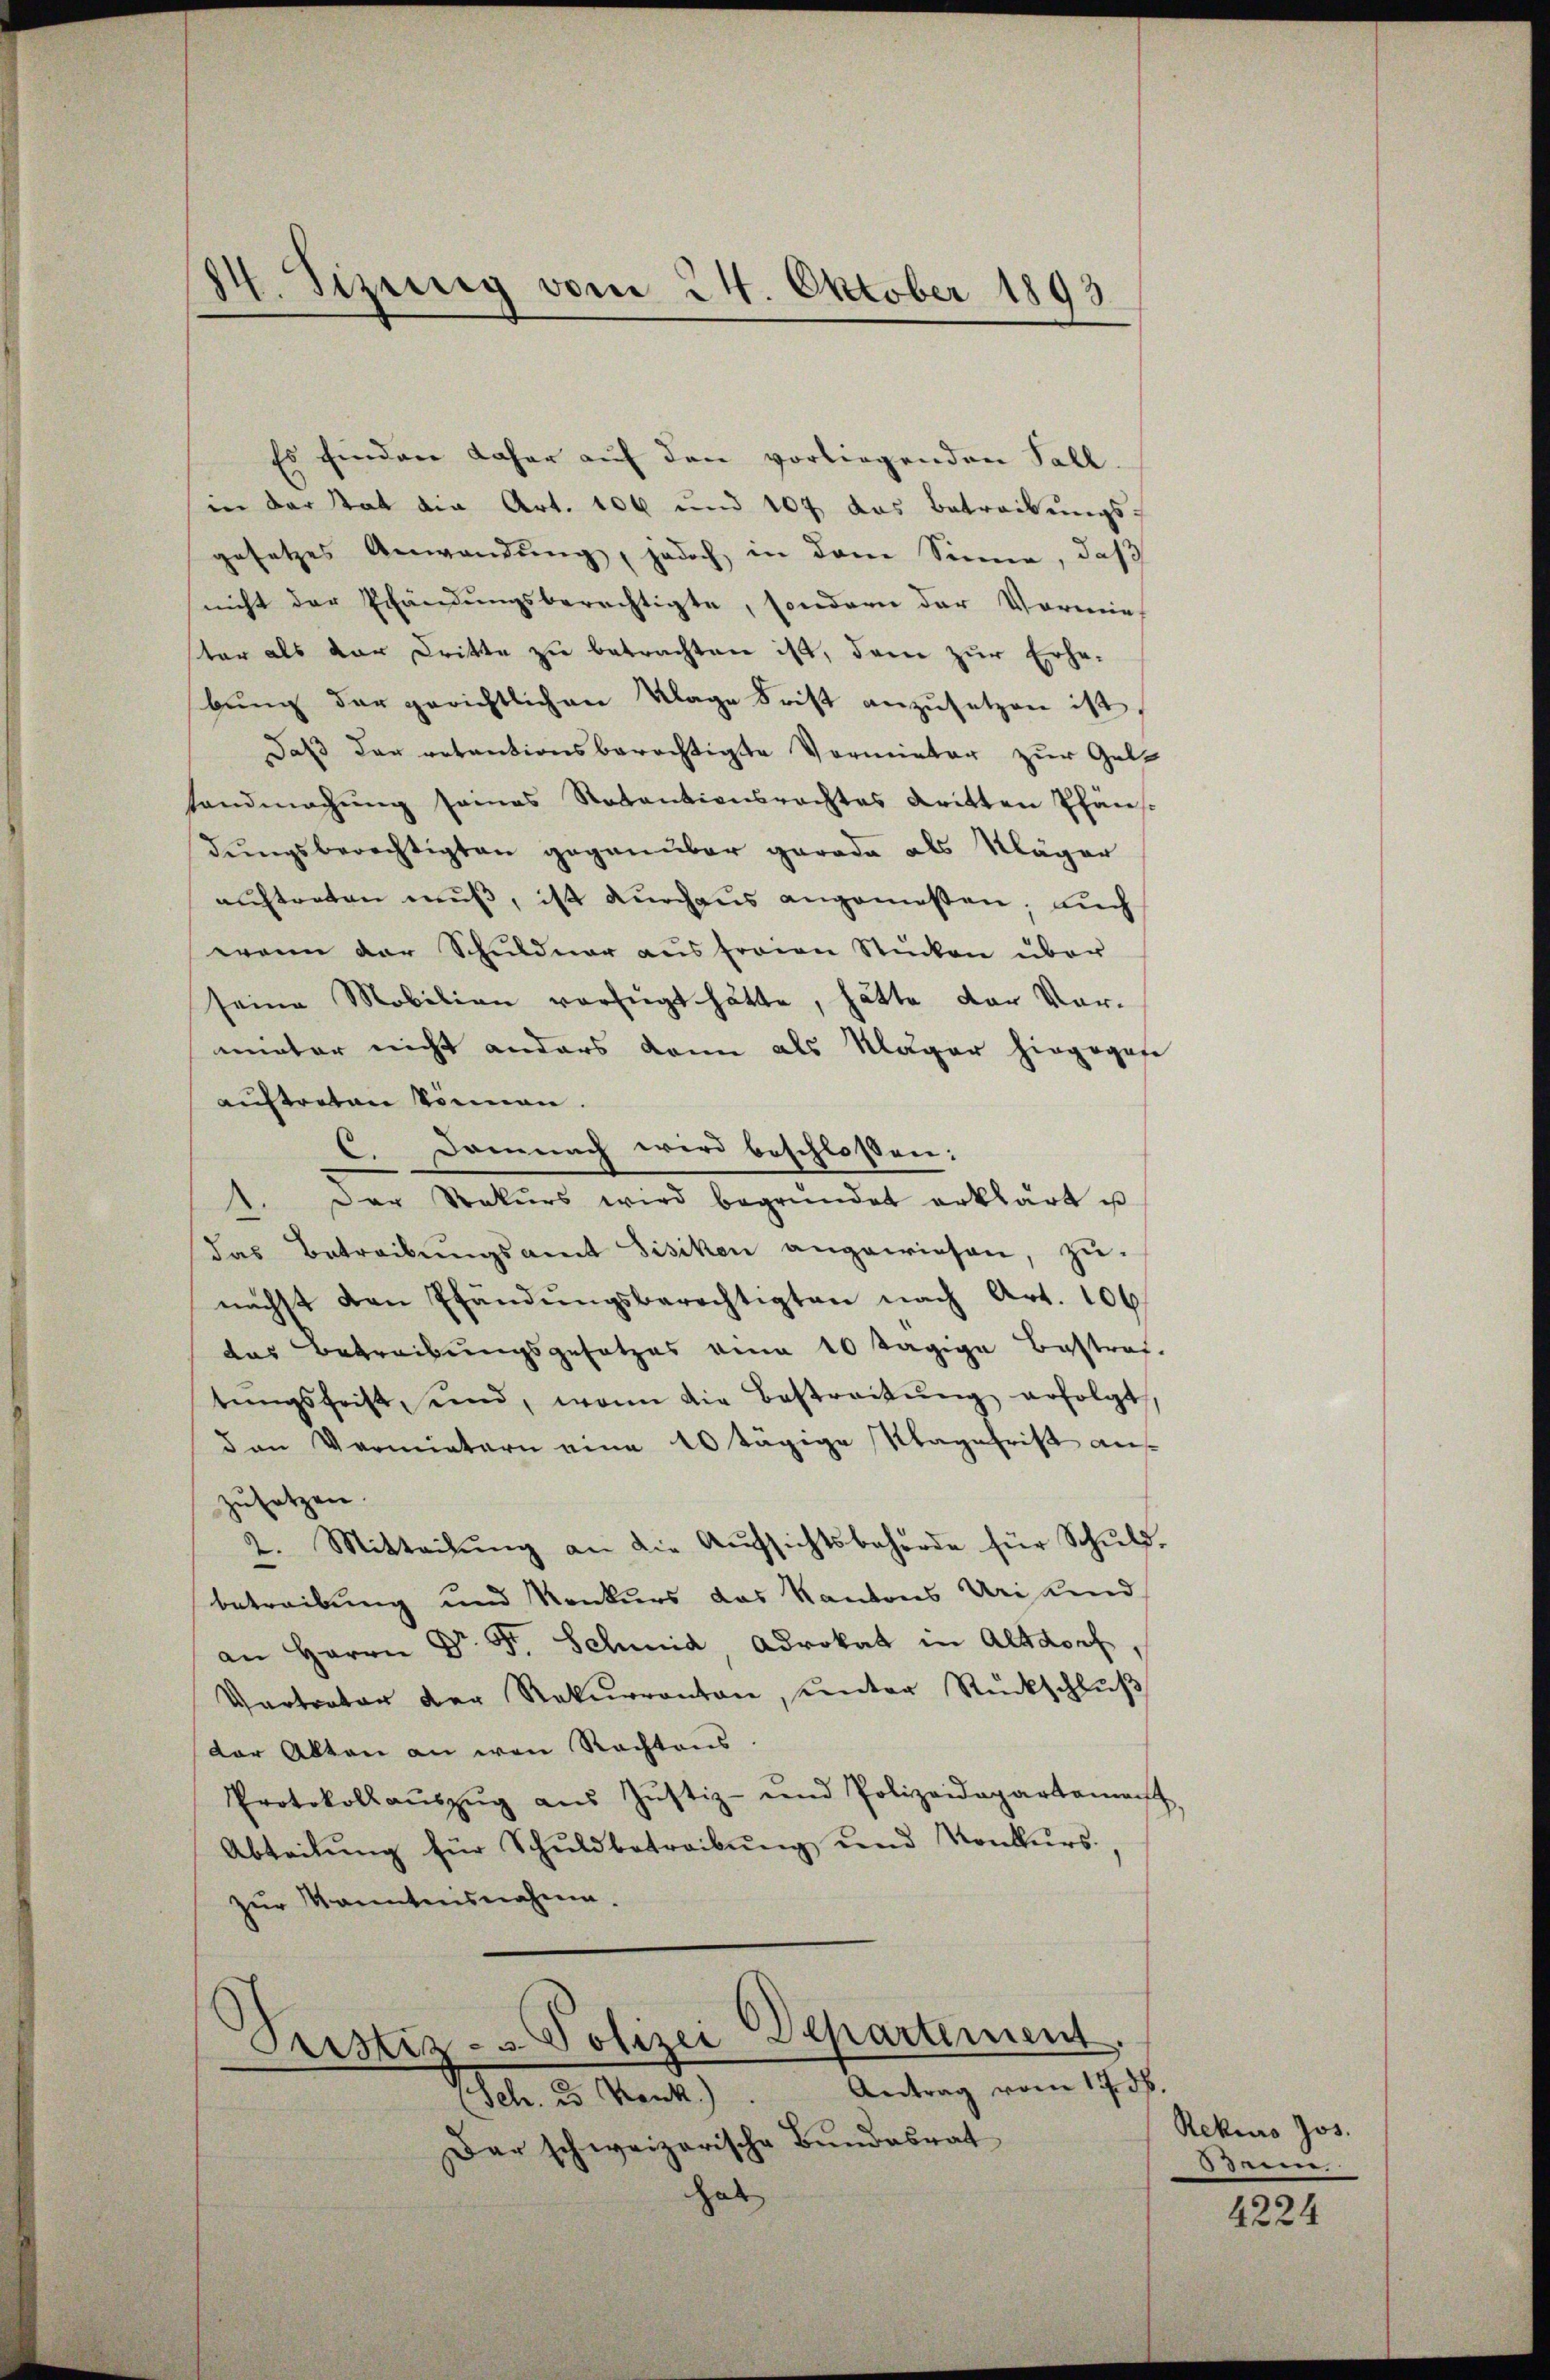
14 Sizung vom 24. Oktober 1893
0

Es finden daher auf den vorliegenden Fall.
in der tat die Art. 106 und 107 das Betreibungsgesetzes Anwendung, jedoch, in dem Sinne, daß
nicht der Schändungsberechtigte, sondern der Vormie
ster als dar Dritte zu betrachten ist, dem zur Erhe-
bung der gerichtlichen Klage Frist anzusetzen ist,
Daß der retentionsberechtigte Vormieter zur Gel-
Landmachŭng seines Notantionsrachtes dritten Pfäns-
dŭngsberechtigten gegenüber gerade als Kläger
auftreten muß, ist durchaus angemessen; auch
waren der Schuldner aus fraien Stücken über
seine Mobilian verfügt hätte, hätte der Vormieter nicht anders kann als Kläger hingegese
auftreten können.
C. Demnach wird beschlossen:
Der Rekŭrs wird begründet erklärt us
das Betreibŭngsamt Bisiken angewiesen, zu
nächst den Pfändungsberechtigten nach Art. 106
das Betreibungsgesetzes eine 10 tägige Bestraf.
tŭngsfrist und, wenn die Bestreitŭng erfolgt,
den Vermietern eine 10 tägige Klagefrist anzusetzen.
2. Mitteilŭng an die Aŭssichtsbehörde für Schŭld.
betreibung und Konkurs das Kantons Uri kind
an Herrn Dr. St. Schmid Advokat in Altdorf
Vertrator der Rekŭrranton, ŭnter Rückschlŭβ
der Alten an wen Rechtens
Protokoll aŭszŭg aŭs Jŭstiz- und Polizeidepartement
Abteilŭng für Schŭldbetreibŭng und Konkŭrs.,
zur Kenntnisnahme.
Custiz- & Polizei Departement.
Antrag vom 17. ds
Sch. 2. Krank.)
Dar schweizerische Bŭndesrat
hab

Rekurs Jos.
Seeen,

4224